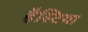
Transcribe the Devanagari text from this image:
हैस्टिया